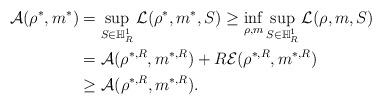
LaTeX: \begin{align*} \mathcal A(\rho^*,m^*)&=\sup_{S\in \mathbb H^1_R}\mathcal L(\rho^*,m^*,S)\ge \inf_{\rho,m}\sup_{S\in \mathbb H^1_R}\mathcal L(\rho,m,S) \\ &=\mathcal A(\rho^{*,R},m^{*,R})+R\mathcal E(\rho^{*,R},m^{*,R})\\ &\ge \mathcal A(\rho^{*,R},m^{*,R}).\end{align*}